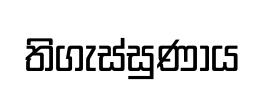
තිගැස්සුණාය